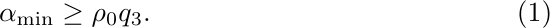
\begin{equation}\label{eq:domain_UV}
    \alpha_{\min}\geq\rho_{0}q_3.
\end{equation}